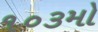
૧૦૩મો